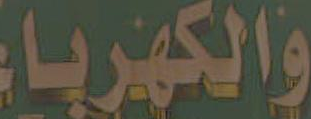
والكهرباء